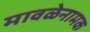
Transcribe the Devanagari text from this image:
मावळेनामक